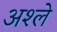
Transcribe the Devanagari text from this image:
अश्ले